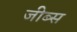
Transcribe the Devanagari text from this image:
जीब्स